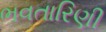
ભવતારિણી